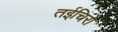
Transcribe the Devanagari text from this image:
तईचिरो